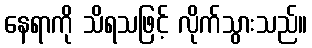
နေရာကို သိရသဖြင့် လိုက်သွားသည်။